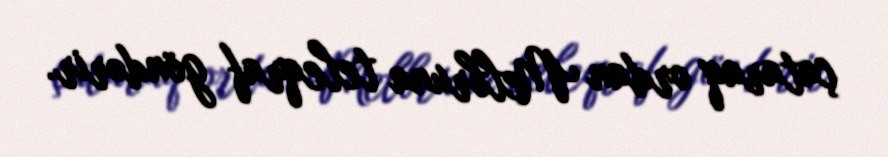
çataraq ordan Melbruna teleqraf göndərir.